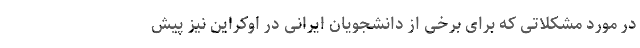
در مورد مشکلاتی که برای برخی از دانشجویان ایرانی در اوکراین نیز پیش